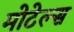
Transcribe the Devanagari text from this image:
मोटेल्स